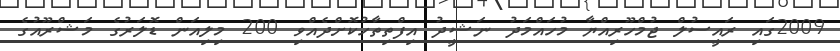
2009ގައި ރައީސުލް ޖުމްހޫރިއްޔާ މުހައްމަދު ނަޝީދު އިފްތިތާހުކޮށްދެއްވި 200 މިލިއަން ޑޮލަރުގެ މަޝްރޫއުގެ